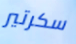
سكرتير